Juri_Uluots, lk 43
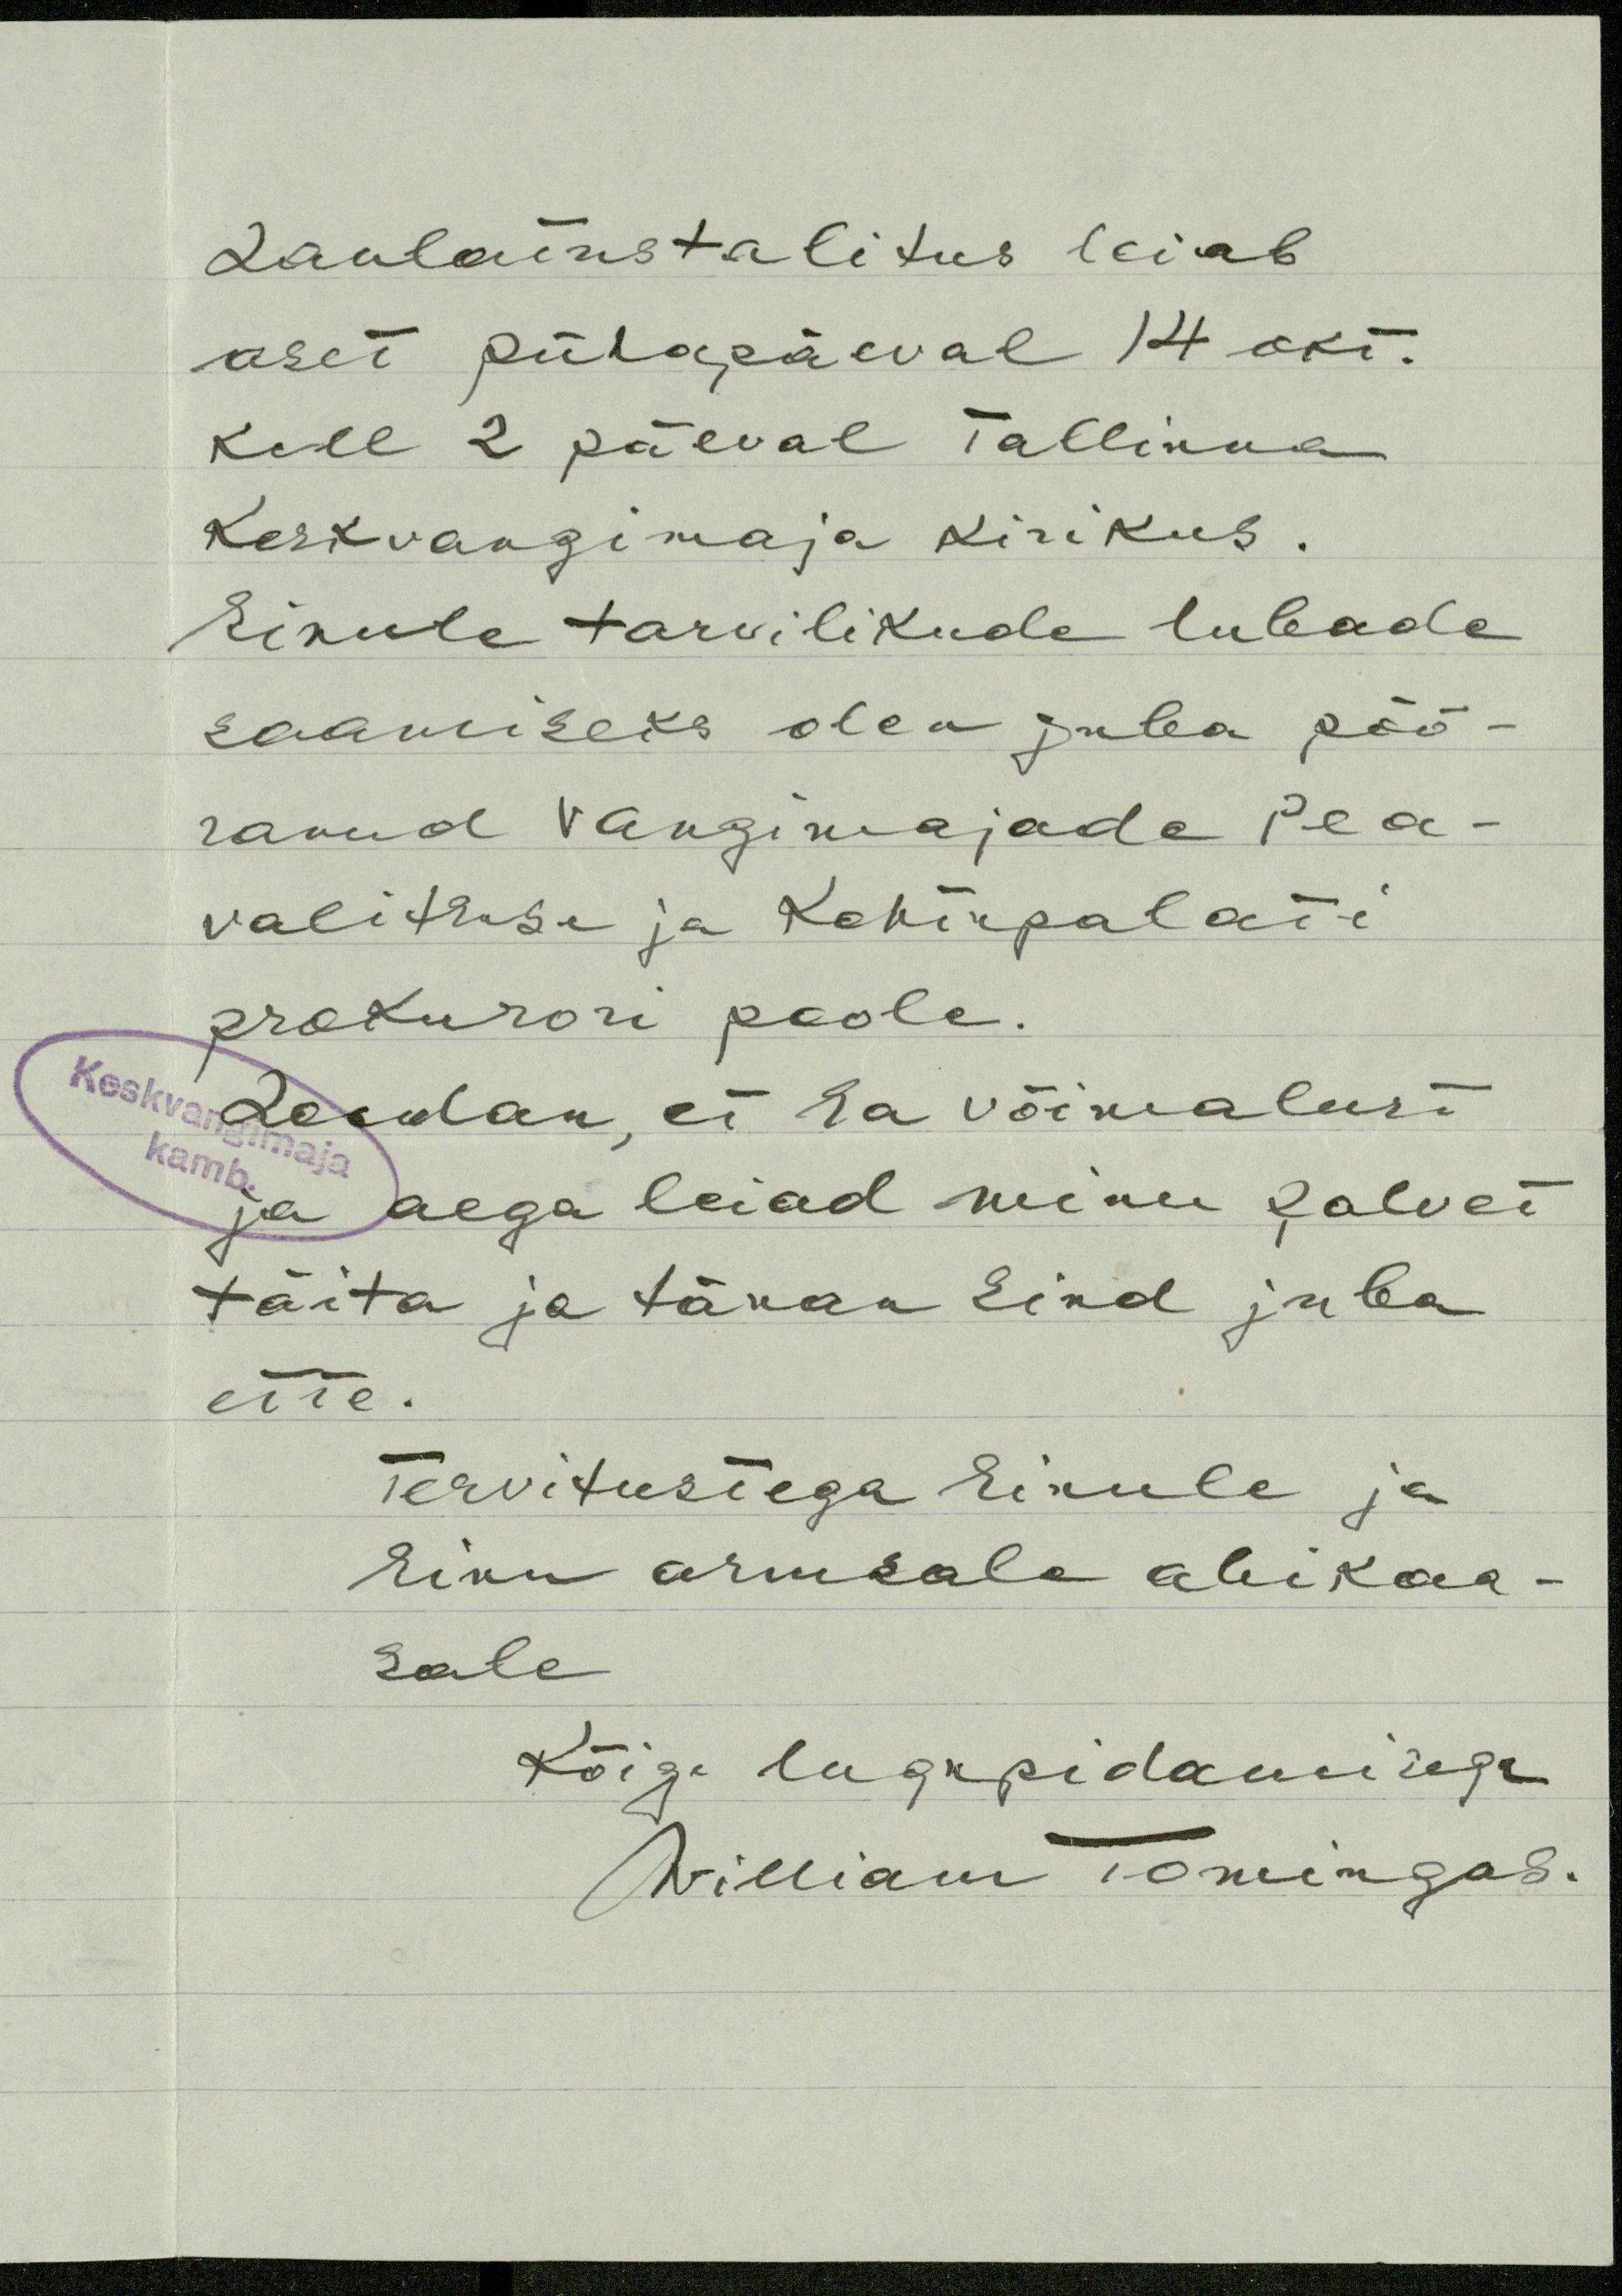
Laulatustalitus leiab
aset pühapäeval 14 okt.
kell 2 päeval Tallinna
Keskvangimaja kirikus.
Sinule tarvilikude lubade
saamiseks olen juba pöö-
ranud Vangimajade Pea-
valitsuse ja Kohtupalati
prokurori poole.
Loodan, ei Sa võimalust
ja aega leiad minu palvet
täita ja tänan Sind juba
ette.
Tervitustega Sinule ja
Sinu armsale abikaa-
sale
Kõige lugupidamisega
William Tomingas.